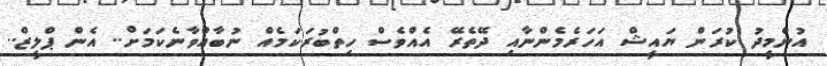
އުންމީދު ކުރަން ޔައީޝް އަހަރެމެންނާއި ދޭތެރޭ އެއްވެސް ހިތްބުރަކަމެއް ނުބާއްވާނެކަމަށް.. އެން ޕްލީޒް..